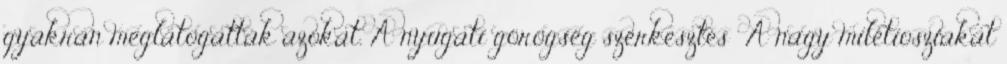
gyakran meglátogatták azokat. A nyugati görögség szerkesztés A nagy milétiosziakat